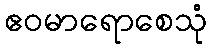
ဧဝမာရောစေသုံ